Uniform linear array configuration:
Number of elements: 48
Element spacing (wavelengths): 0.5
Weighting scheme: cosine
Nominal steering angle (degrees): -60
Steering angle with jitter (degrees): -58.599
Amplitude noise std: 0.05
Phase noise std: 0.05

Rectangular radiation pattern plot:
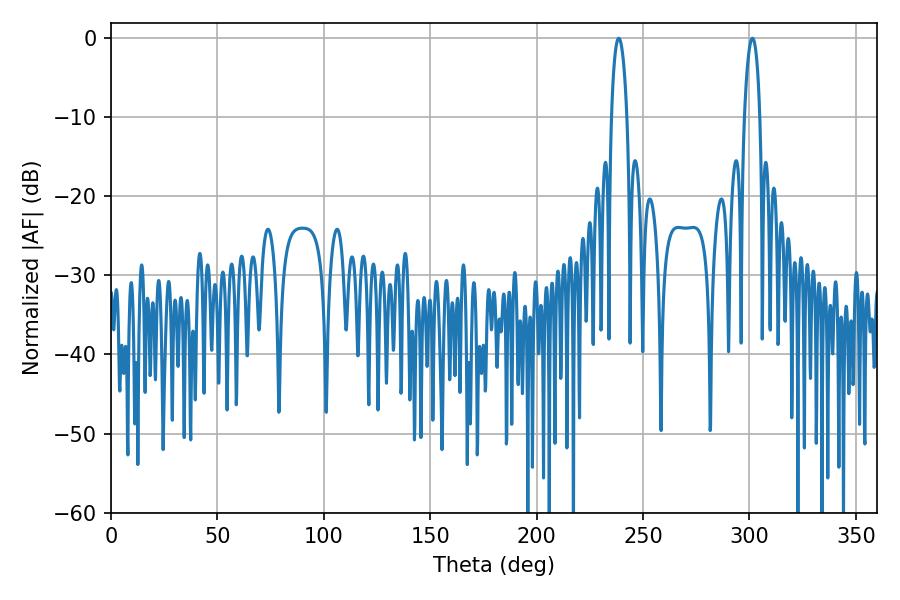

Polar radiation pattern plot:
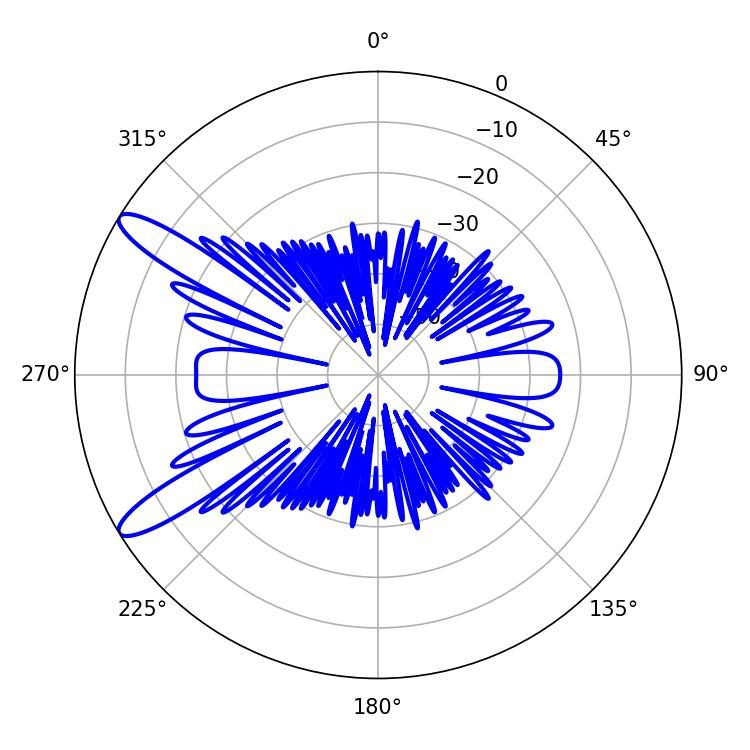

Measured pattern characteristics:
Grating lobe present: FALSE
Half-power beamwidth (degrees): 4.14
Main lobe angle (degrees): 238.5